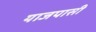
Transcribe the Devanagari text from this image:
याजपासी